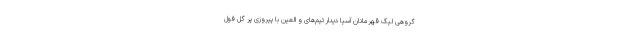
گروهی لیگ قهرمانان آسیا دیدار تیم‌های و العین با پیروزی پر گل فول